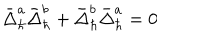
\bar { \Delta } _ { \hbar } ^ { a } \bar { \Delta } _ { \hbar } ^ { b } + \bar { \Delta } _ { \hbar } ^ { b } \bar { \Delta } _ { \hbar } ^ { a } = 0